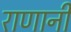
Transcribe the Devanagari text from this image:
राणानी